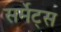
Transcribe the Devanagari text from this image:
सर्मेट्स